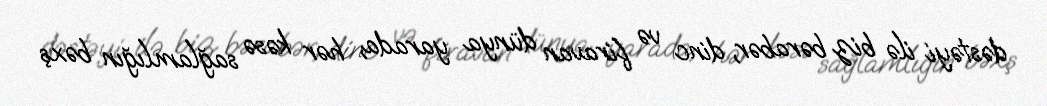
dəstəyi ilə biz bərabər, dinc və firavan dünya yarada, hər kəsə sağlamlığın bəxş